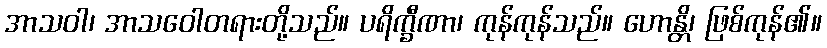
အာသဝါ၊ အာသဝေါတရားတို့သည်။ ပရိက္ခီဏာ၊ ကုန်ကုန်သည်။ ဟောန္တိ၊ ဖြစ်ကုန်၏။